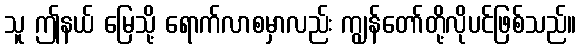
သူ ဤနယ် မြေသို့ ရောက်လာစမှာလည်း ကျွန်တော်တို့လိုပင်ဖြစ်သည်။